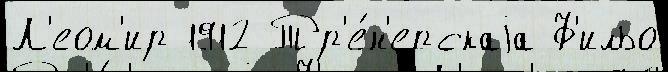
Л'еом'ир 1912 Тр'е́н'ерскаjа Ф'ильо